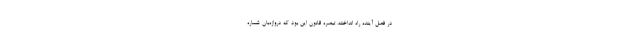
در فصل آینده راه انداخته. تبصره قانون این بود که دروازه‌بان شماره